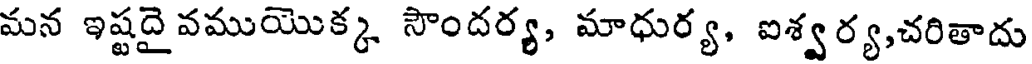
మన ఇష్టదై వముయొక్క సౌందర్య, మాధుర్య, ఐశ్వ ర్య,చరితాదు